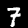
Label: 7